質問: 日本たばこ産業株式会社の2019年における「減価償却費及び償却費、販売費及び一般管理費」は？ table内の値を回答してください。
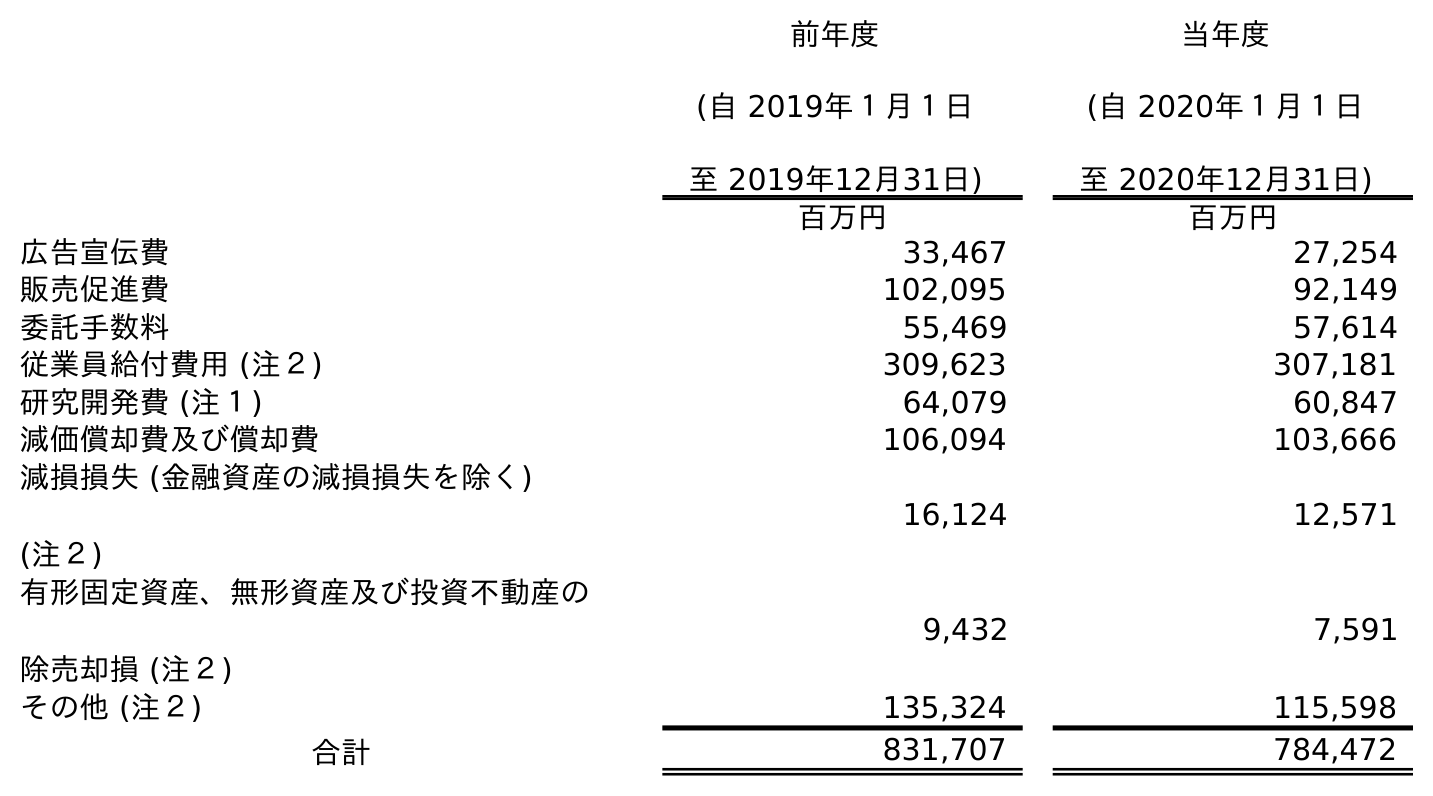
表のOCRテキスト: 前年度 (自 2019年１月１日 至 2019年12月31日) 当年度 (自 2020年１月１日 至 2020年12月31日) 百万円 百万円 広告宣伝費 33,467 27,254 販売促進費 102,095 92,149 委託手数料 55,469 57,614 従業員給付費用 (注２) 309,623 307,181 研究開発費 (注１) 64,079 60,847 減価償却費及び償却費 106,094 103,666 減損損失 (金融資産の減損損失を除く) (注２) 16,124 12,571 有形固定資産、無形資産及び投資不動産の 除売却損 (注２) 9,432 7,591 その他 (注２) 135,324 115,598 合計 831,707 784,472
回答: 106,094